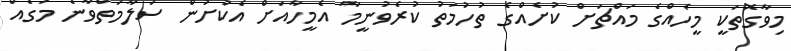
މިވާގޮތަކީ މީހެއްގެ މައްޗަށް ކުށެއްގެ ތުހުމަތު ކުރެވުނީމާ އެމީހާއަށް އެކުށުން ސަލާމަތްވާނެ މަގެއް